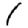
Digit: 1